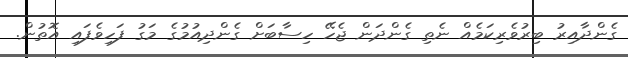
ގެންދާއިރު ބިރުވެރިކަމެއް ނެތި ގެންދަން ޖެހޭ ހިސާބަށް ގެންދިއުމުގެ މަގު ފަހިވެފައި އޮތުން.